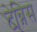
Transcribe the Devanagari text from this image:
टेन्निस